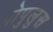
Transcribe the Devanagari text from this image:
पोपुलुस